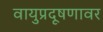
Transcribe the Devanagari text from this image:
वायुप्रदूषणावर